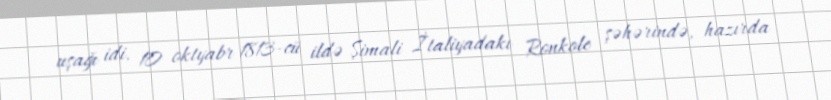
uşağı idi. 10 oktyabr 1813-cü ildə Şimali İtaliyadakı Ronkole şəhərində, hazırda